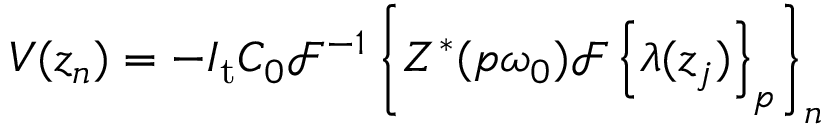
V ( z _ { n } ) = - I _ { \mathrm { t } } C _ { 0 } \mathcal { F } ^ { - 1 } \left\{ Z ^ { \ast } ( p \omega _ { 0 } ) \mathcal { F } \left\{ \lambda ( z _ { j } ) \right\} _ { p } \right\} _ { n }